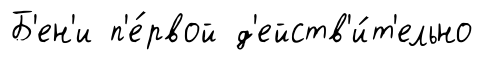
Б'ен'и п'е́рвой д'ейств'и́т'ельно